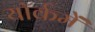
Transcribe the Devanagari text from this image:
यॉर्कमें